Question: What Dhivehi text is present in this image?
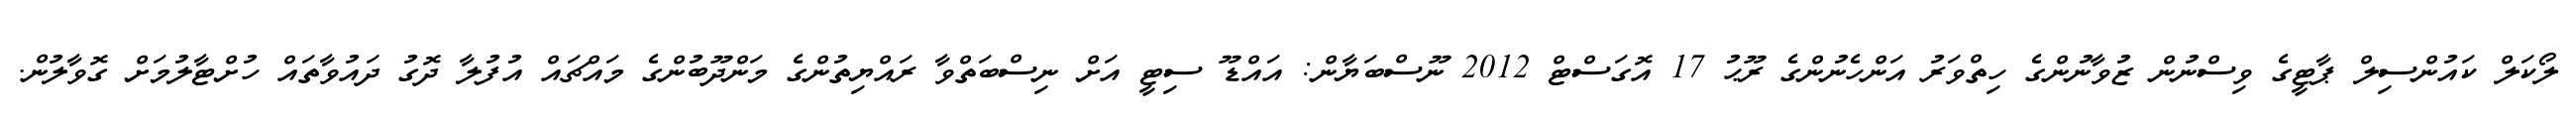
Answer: ލޯކަލް ކައުންސިލް ޕާޓީގެ ވިސްނުން ޒުވާނުންގެ ހިތްވަރު އަންހެނުންގެ ރޫޙު 17 އޮގަސްޓް 2012 ނޫސްބަޔާން: އައްޑޫ ސިޓީ އަށް ނިސްބަތްވާ ރައްޔިތުންގެ މަންދޫބުންގެ މައްޗައް އުފުލާ ދޮގު ދައުވާތައް ހުށްޓާލުމަށް ގޮވާލުން.